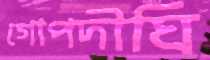
গোপদীঘি